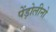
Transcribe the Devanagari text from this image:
पेंड़ोलीनो